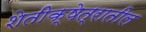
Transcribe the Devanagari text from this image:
शेतीक्षेत्रातील